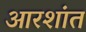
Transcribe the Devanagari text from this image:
आरशांत